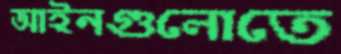
আইনগুলোতে